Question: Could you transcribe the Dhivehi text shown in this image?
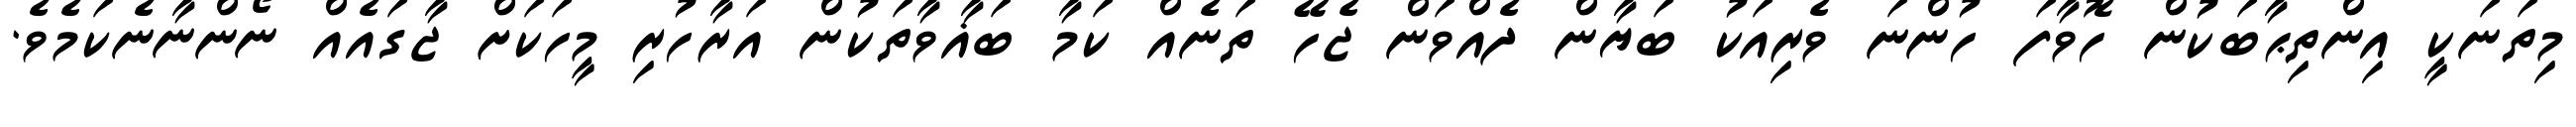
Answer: މިތަނަކީ އިންތިޙާބަކުން ހޮވާފަ ހުންނަ ވެރިއަކު ބަޔާން ދެއްވަން ޖެހޭ ތަނެއް ކަމާ ބަޣާވާތަކުން އަރާހުރި މީހަކަށް ޖާގައެއް ނޯންނާނެކަމެވެ.